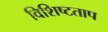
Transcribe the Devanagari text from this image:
विशिष्टताप